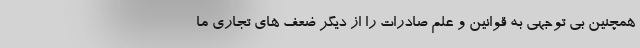
همچنین بی توجهی به قوانین و علم صادرات را از دیگر ضعف های تجاری ما